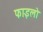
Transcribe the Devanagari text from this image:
फाइलो